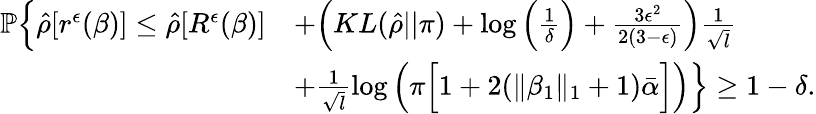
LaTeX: \begin{array}{rl}{\mathbb{P}\Big\{ \hat{\rho}[r^{\epsilon}(\beta)]\leq\hat{\rho}[R^{\epsilon}(\beta)]}&{+\Big(KL(\hat{\rho}||\pi)+\log\Big(\frac{1}{\delta}\Big)+\frac{3\epsilon^{2}}{2(3-\epsilon)}\Big)\frac{1}{\sqrt{l}}}\\ &{+\frac{1}{\sqrt{l}}\log\Big(\pi\Big[1+2(\| \beta_{1}\| _{1}+1)\bar{\alpha}\Big]\Big)\Big\} \geq 1-\delta.}\end{array}